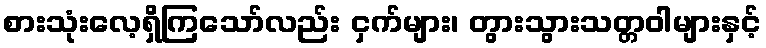
စားသုံးလေ့ရှိကြသော်လည်း ငှက်များ၊ တွားသွားသတ္တဝါများနှင့်